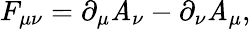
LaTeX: F_{\mu\nu}=\partial_{\mu}\mathit{A}_{\nu}-\partial_{\nu}\mathit{A}_{\mu},